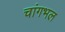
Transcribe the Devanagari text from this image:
चांगभल